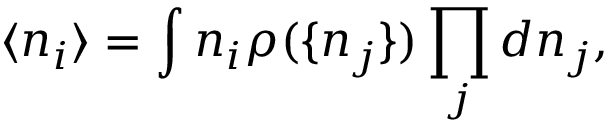
\langle n _ { i } \rangle = \int n _ { i } \rho ( \{ n _ { j } \} ) \prod _ { j } d n _ { j } ,